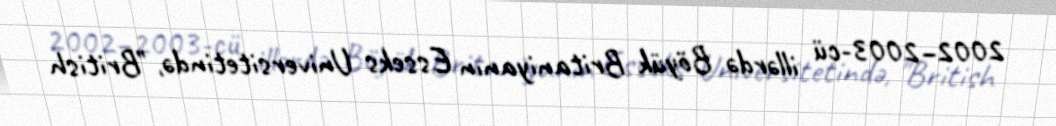
2002–2003-cü illərdə Böyük Britaniyanın Esseks Universitetində, "British